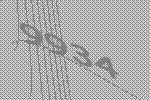
9934